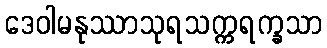
ဒေဝါမနုဿာသုရသက္ကရက္ခသာ